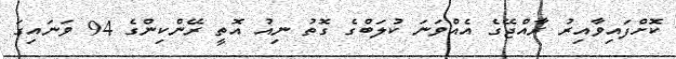
ކޮށްފައިވާއިރު ރާއްޖޭގެ އެއްވަނަ ކުލަބްގެ ގޮތު ނިއު އޮތީ ރޭންކިންގެ 94 ވަނައިގަ